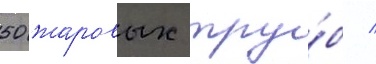
50 жаровых тру́б /